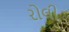
રોલી